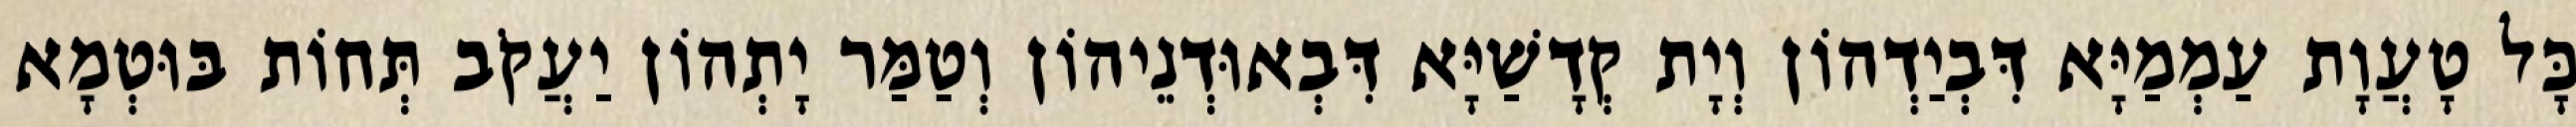
כָּל טָעֲוָת עַמְמַיָּא דִּבְיַדְהוֹן וְיָת קְדָשַׁיָּא דִּבְאוּדְנֵיהוֹן וְטַמַּר יָתְהוֹן יַעֲקֹב תְּחוֹת בּוּטְמָא